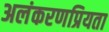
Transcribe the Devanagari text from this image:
अलंकरणप्रियता